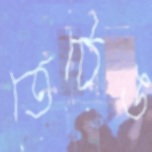
তেঠেঙ